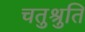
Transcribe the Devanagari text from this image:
चतुश्रुति